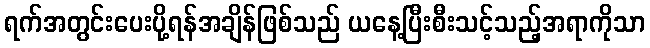
ရက်အတွင်းပေးပို့ရန်အချိန်ဖြစ်သည် ယနေ့ပြီးစီးသင့်သည့်အရာကိုသာ